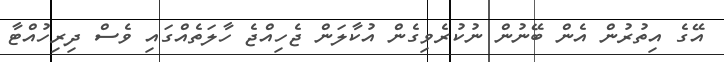
އޭގެ އިތުރުން އެން ބޭނުން ނުކުރެވިގެން އުކާލަން ޖެހިއްޖެ ހާލަތެއްގައި ވެސް ދިރިހުއްޓާ